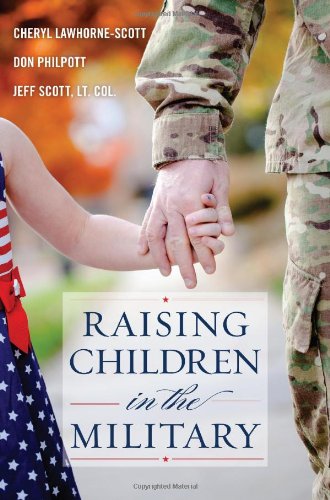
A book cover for Raising Children in the Military (Military Life); Cheryl Lawhorne-Scott; Parenting & Relationships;